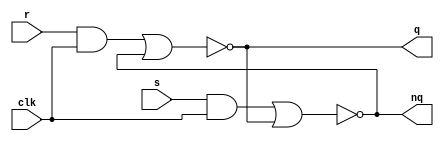
`timescale 1ns / 1ps

module inv(
    input r,s,clk,
    output q,nq
    );
    
    assign q = ~(r&clk | nq);
    assign nq = ~(s&clk | q);

    
endmodule